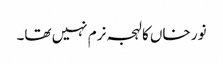
نور خاں کا لہجہ نرم نہیں تھا۔